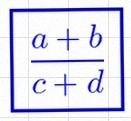
\frac{a+b}{c+d}